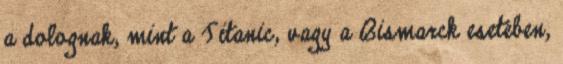
a dolognak, mint a Titanic, vagy a Bismarck esetében,